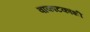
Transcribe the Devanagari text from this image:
वाकाटकांशी